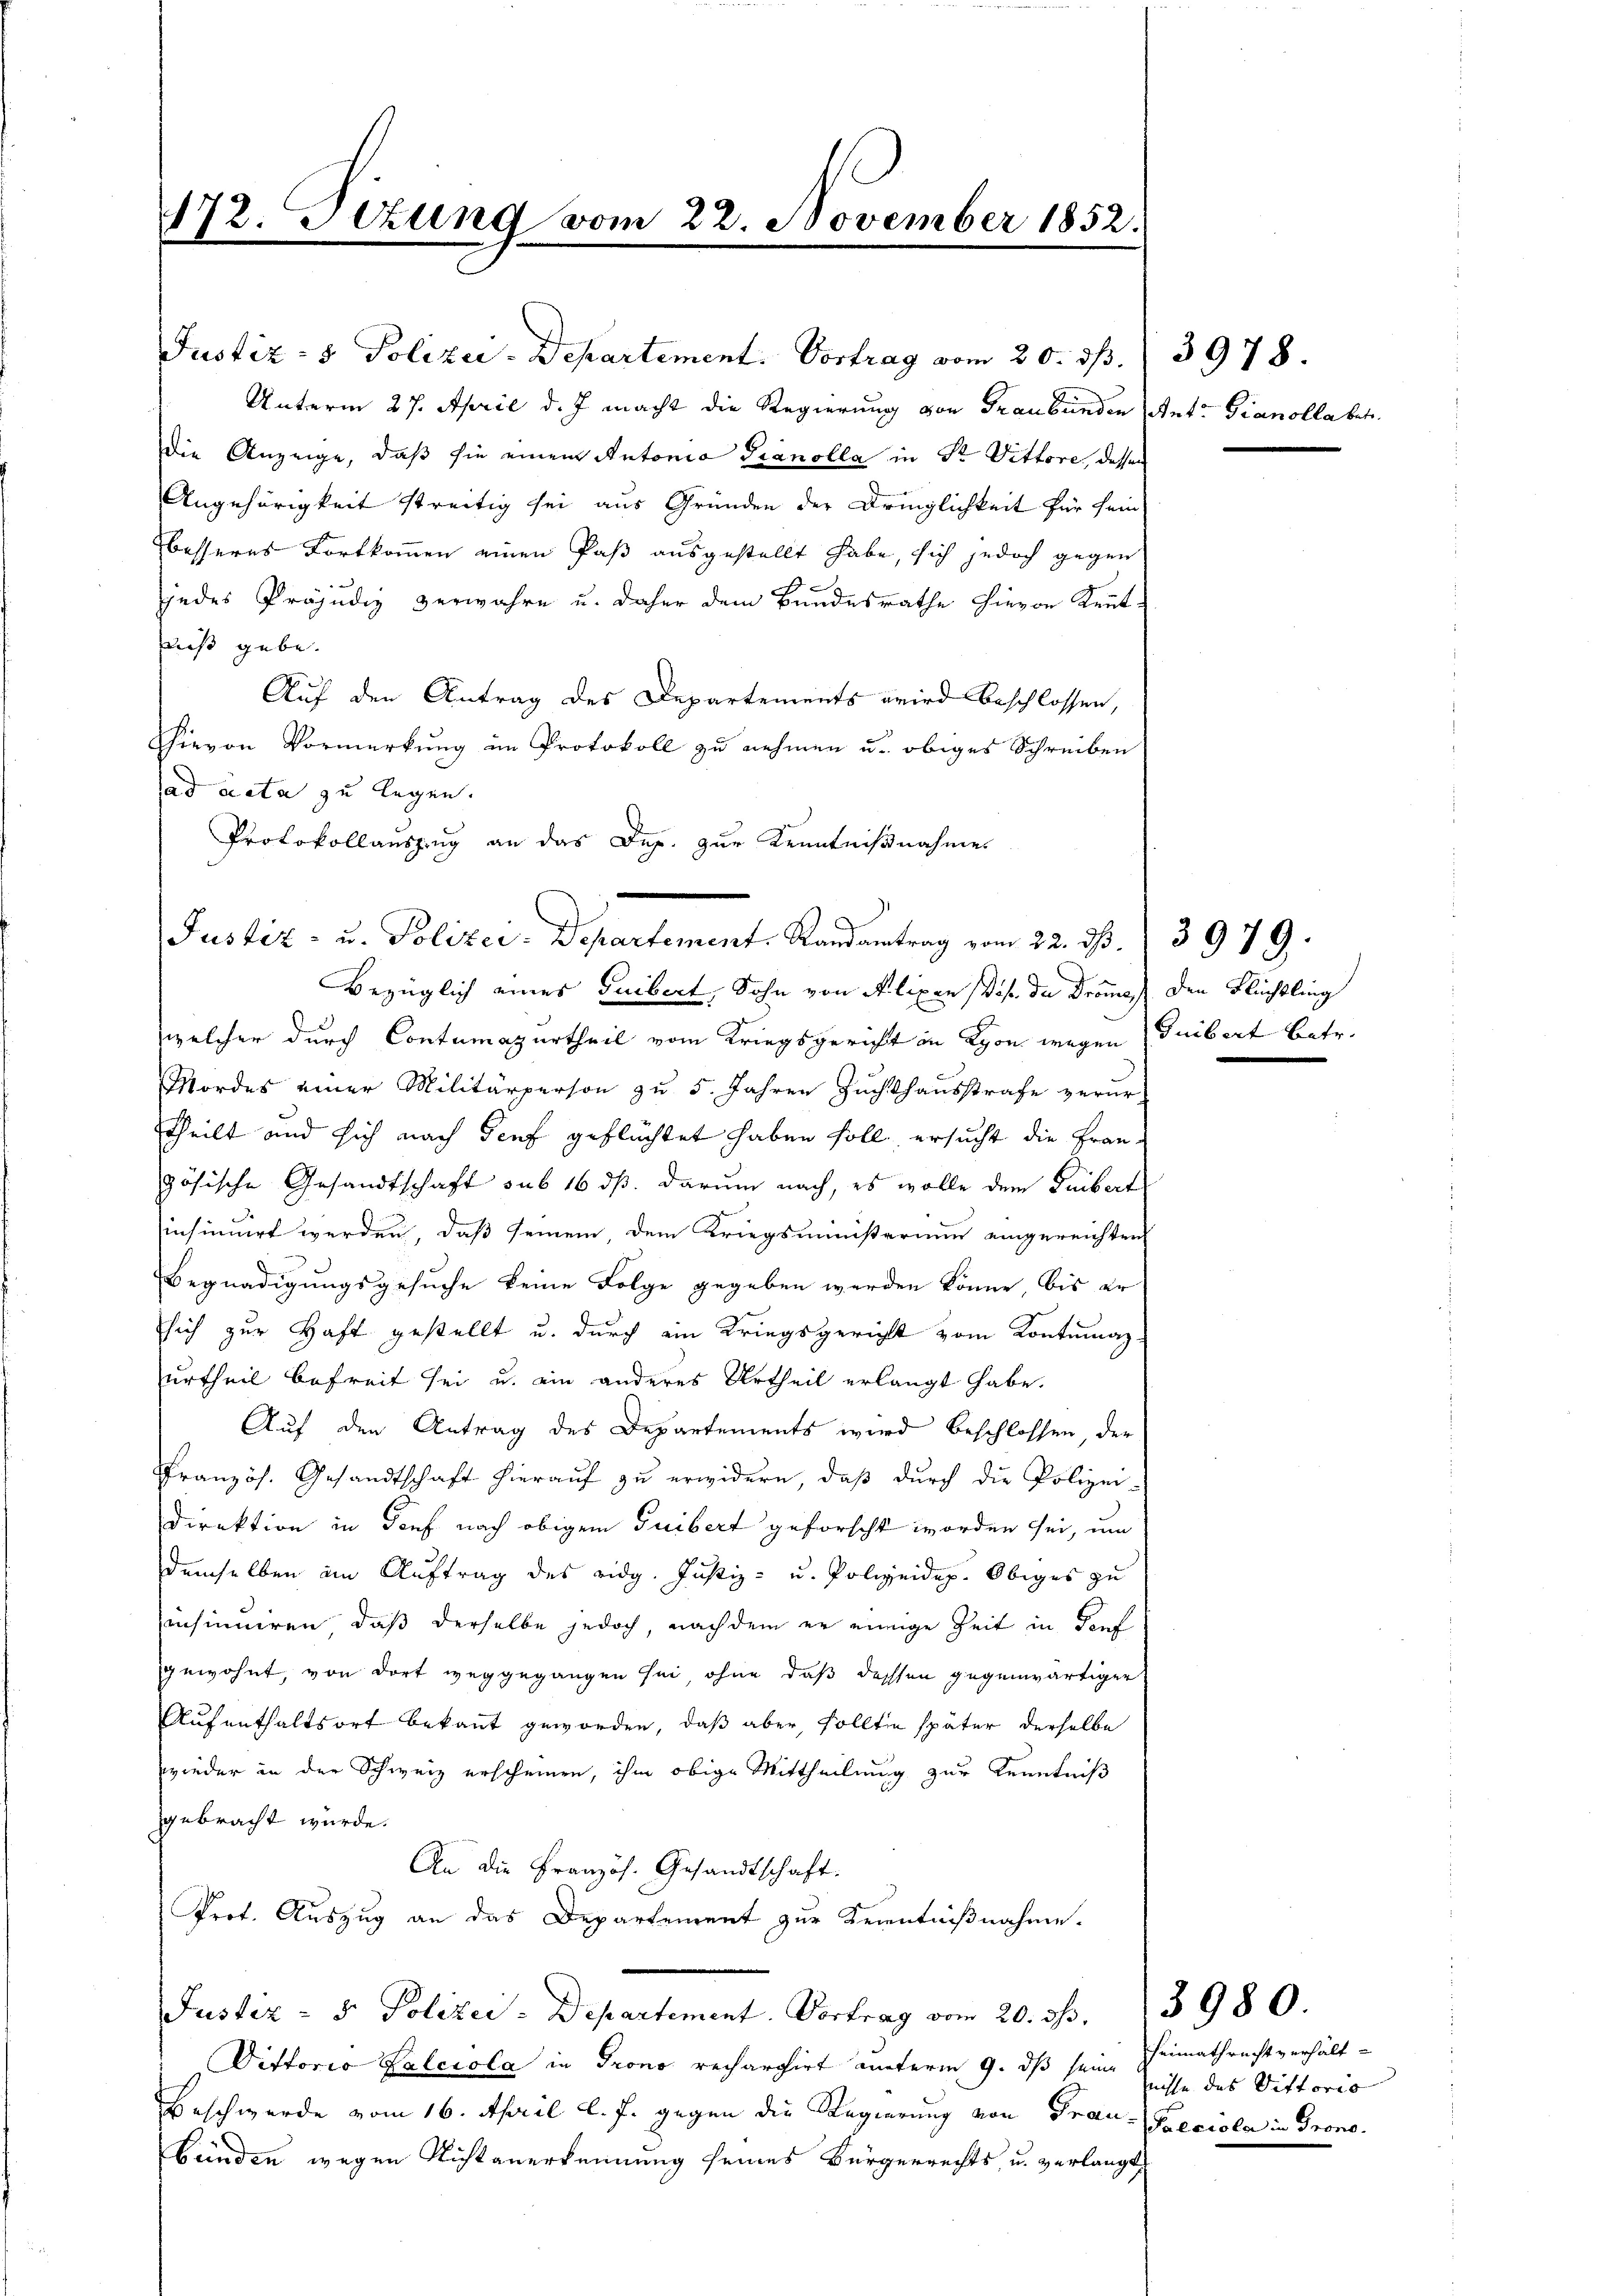
Unterm 27. April d. J. macht die Regierung von Graubünden Ant. Fianolla betr
Die Anzeige, daß sie einem Antonia Granolla in Sr Vittore, dessen
Angehörigkeit streitig sei aus Gründen der Dringlichkeit für sein
besseres Fortkommen einen Paß ausgestellt habe, sich jedoch gegen
jedes Präjudiz verwahre u. daher dem Bundesrathe hievon Kentiß gebe.
Auf den Antrag des Departements wird beschlossen,
Hievon Vormerkung im Protokoll zu nehmen u. obiges Schreiben
ad acta zu legen.
Protokollauszug an das Dep. zur Kenntnißnahme

172. Sezung vom 22. November 1852.

Justiz- u. Polizei. Departement. Randantrag vom 22. ds. 3979.

Justiz- & Polizei-Departement. Vortrag vom 20. ds.

Bezüglich eines Guibert, Sohn von Alixen dise du Drome den Flüchtling
welcher durch Contumazurtheil vom Kriegsgericht in Lyon wegen Gubert betr.
Mordes einer Militärperson zu 5. Jahren Zuchthausstrafe verur-
theilt und sich nach Tief geflüchtet haben soll, ersucht die Französische Gesandtschaft sub 16 ds. darum nach, es wolle dem Leibert
sinsinuirt werden, daß seinem dem Kriegsministerium eingereichten
Begnadigungsgesuche keine Folge gegeben werden könne, bis er
sich zur Haft gestellt u. durch ein Kriegsgericht vom Kontumaz-
urtheil befreit sei u. ein anderes Urtheil erlangt habe.
Auf den Antrag des Departements wird beschlossen, der
Französ. Gesandtschaft hierauf zu erwidern, daß durch die Polizei-
Direktion in Senf nach obigem Guibert geforscht worden sei, um
demselben im Auftrag des eidg. Justiz- u. Polizeidep. Obiges zu
insinuiren, daß derselbe jedoch, nach dem er einige Zeit in dorf
gewohnt, von dort weggegangen sei, ohne daß dessen gegenwärtiger
Aufenthaltsort bekannt geworden, daß aber, sollten später derselbe
wieder in der Schweiz erscheinen, ihm obige Mittheilung zur Kenntniß
gebracht würde.
An die Französ. Gesandtschaft.
Prot. Auszug an das Departement zur Kenntnißnahme.
Justiz - 5. Polizei-Departement. Vortrag vom 20. dß. 13980.
Dittorio Kalccola in Grono rechargirt unterm 9. ds seine leisse des Vittoris
Beschwerde vom 16. April l. J. gegen die Regierung von Frau Preciola in Grono
Bünden wegen Nichtanerkennung seines Bürgerrechts u. verlangt,

3978.

Heimathrecht verhält-